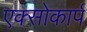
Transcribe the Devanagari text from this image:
एक्सोकार्प